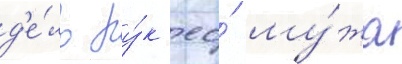
д'е́ло ру́к ео́ му́жа